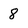
Character: 8